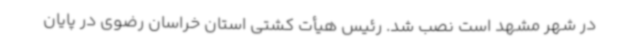
در شهر مشهد است نصب شد. رئیس هیأت کشتی استان خراسان رضوی در پایان